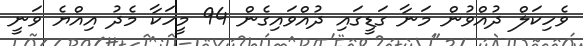
ވެހިކަލް ދުއްވުން މަނާ ގަޑީގައި ދުއްވައިގެން 94 މީހަކާ މެދު އިއްޔެ ވަނީ